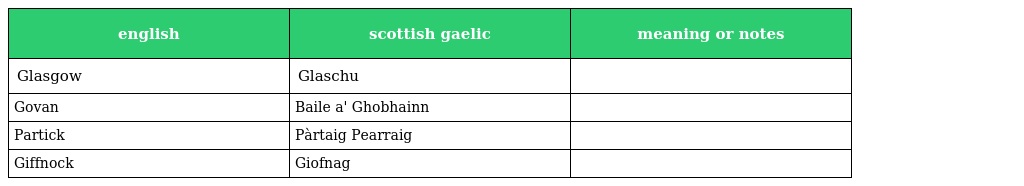
| english | scottish gaelic | meaning or notes |
 | --- | --- | --- |
 | Glasgow | Glaschu |  |
 | Govan | Baile a' Ghobhainn |  |
 | Partick | Pàrtaig Pearraig |  |
 | Giffnock | Giofnag |  |